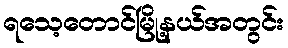
ရသေ့တောင်မြို့နယ်အတွင်း